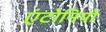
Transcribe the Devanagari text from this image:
एंटोनियों